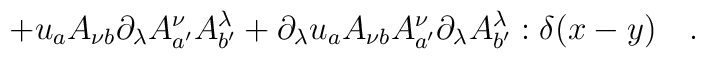
+u_a A_{\nu b} \partial_\lambda A^\nu_{a'} A^\lambda_{b'}+\partial_\lambda u_a A_{\nu b} A^\nu_{a'} \partial_\lambda A^\lambda_{b'}:\delta(x-y) \quad .